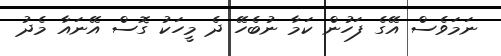
ނަމަވެސް އޭގެ ފަހުން ކަމާ ނުބެހޭ ދެ މީހަކު ގޮސް އޭނައާ މެދު